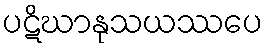
ပဋိဃာနုသယဿပေ